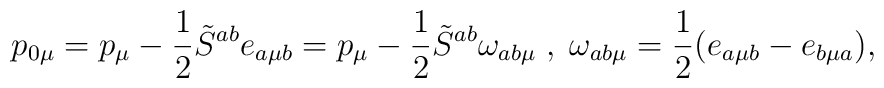
p_{ 0 \mu} = p_{ \mu} - \frac{1}{2} \tilde{S}^{a b} e_{a \mu b}= p_{ \mu} - \frac{1}{2} \tilde{S}^{a b} \omega_{a b \mu} \;,\;\omega_{a b \mu}=\frac{1}{2} (e_{a \mu b} - e_{b \mu a}),